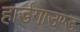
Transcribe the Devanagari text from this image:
हार्डगाउण्ड